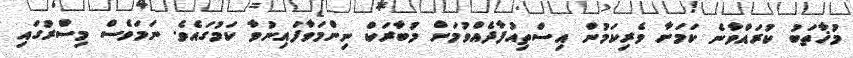
މުޚާތަބު ކުރައްވާނެ ކަމަށާ ވެރިކަމުން އިސްތިއުފާދެއްވުމަށް މުބާރަކް ނިންމަވާފައިނުވާ ކަމުގައެވެ. ނަމަވެސް މިސްރުގައި